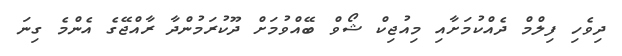
ދިވެހި ފިލްމް ދެއްކުމަށާއި މިއުޖިކް ޝޯވް ބޭއްވުމަށް ދޫކުރަމުންދާ ރާއްޖޭގެ އެންމެ ގިނަ